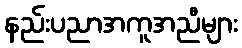
နည်းပညာအကူအညီများ